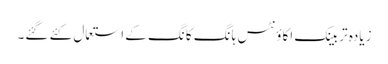
زیادہ تر بینک اکاؤنٹس ہانگ کانگ کے استعمال کئے گئے۔